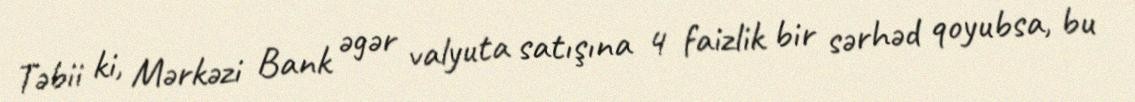
Təbii ki, Mərkəzi Bank əgər valyuta satışına 4 faizlik bir sərhəd qoyubsa, bu